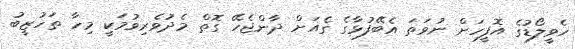
ހެވީލޯޑުގެ އޮފީހަށް ނުވަތަ އެބޭފުޅާގެ ގެއަށް ދާންޖެހޭ ގޮތް މެދުވެރިވުމަކީ މިހާ ތަހުޒީބު